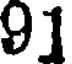
91